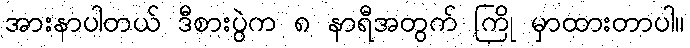
အားနာပါတယ် ဒီစားပွဲက ၈ နာရီအတွက် ကြို မှာထားတာပါ။